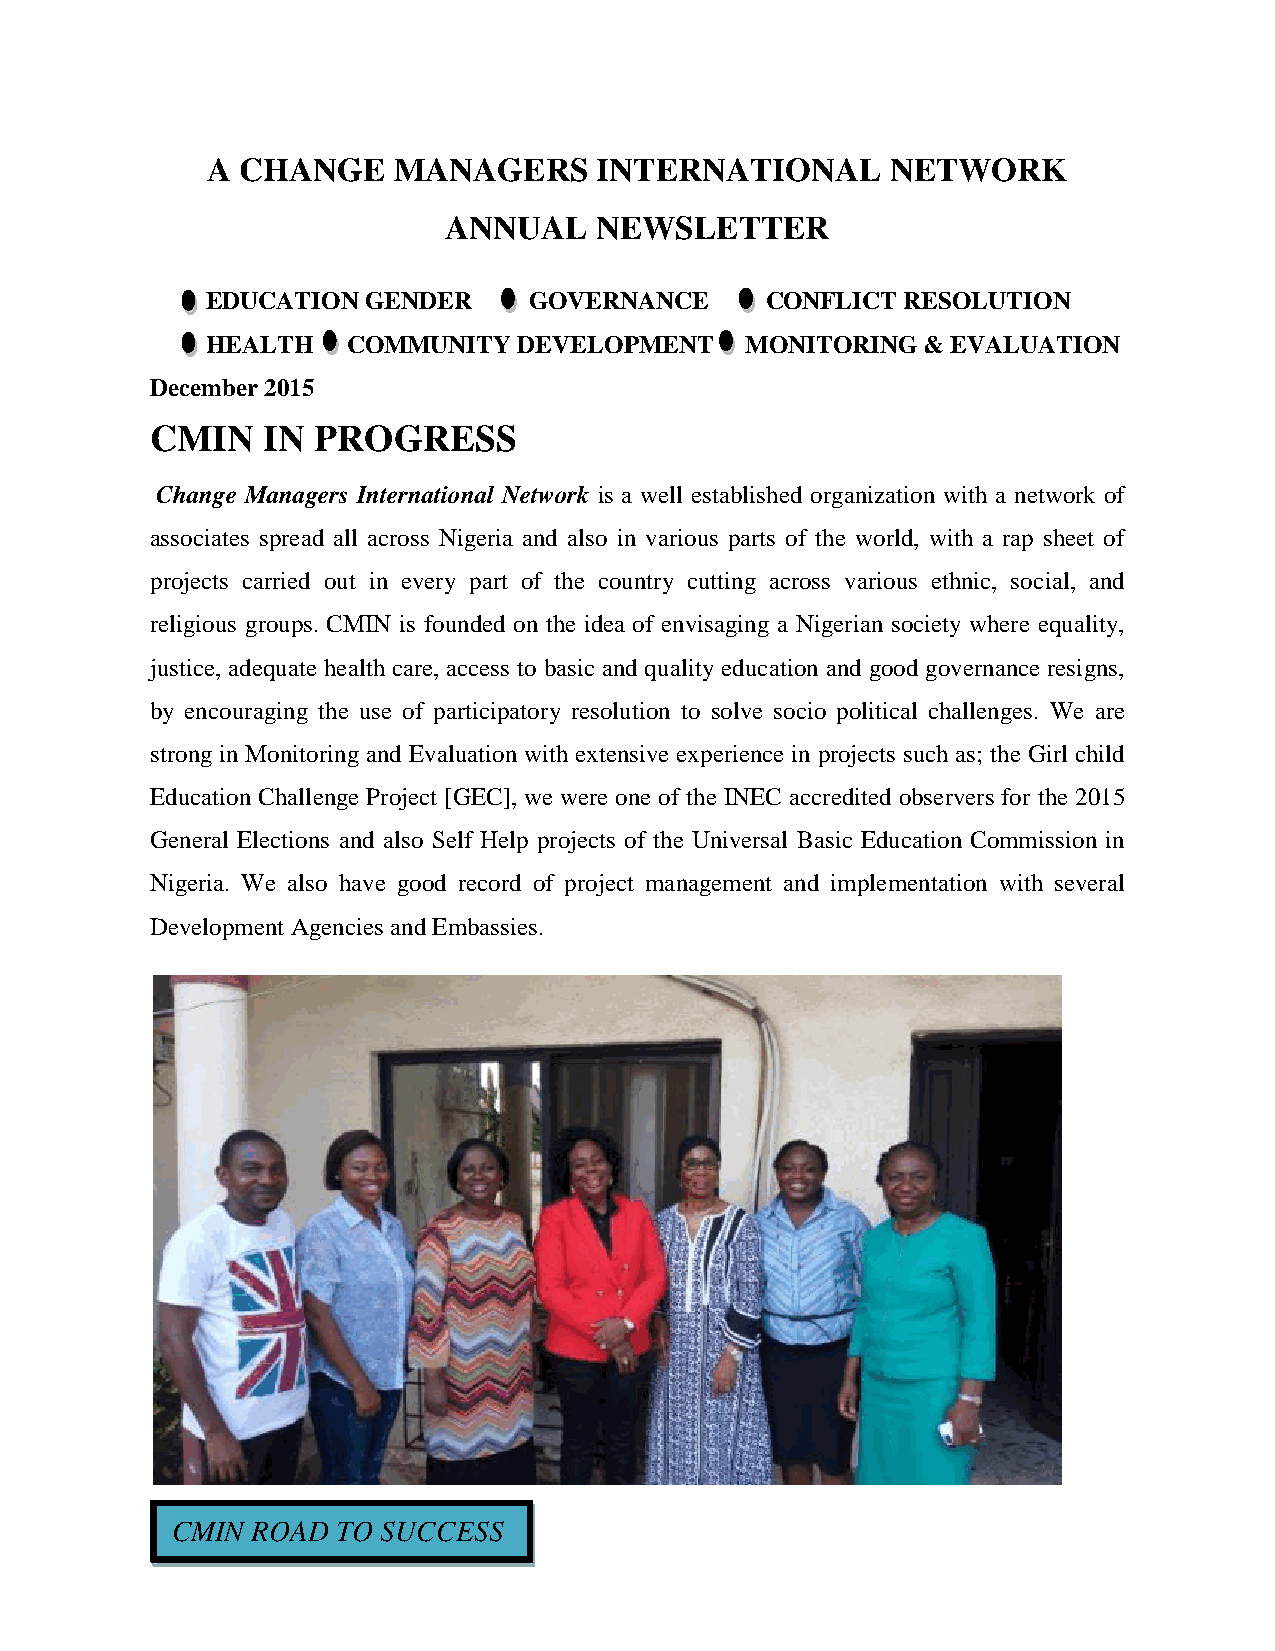
A CHANGE    MANAGERS     INTERNATIONAL       NETWORK
 ANNUAL    NEWSLETTER
 EDUCATION GENDER     GOVERNANCE      CONFLICT RESOLUTION
 HEALTH   COMMUNITY  DEVELOPMENT    MONITORING  & EVALUATION
 December 2015
 CMIN   IN  PROGRESS
 Change Managers International Network is a well established organization with a network of
 associates spread all across Nigeria and also in various parts of the world, with a rap sheet of
 projects carried out in every part of the country cutting across various ethnic, social, and
 religious groups. CMIN is founded on the idea of envisaging a Nigerian society where equality,
 justice, adequate health care, access to basic and quality education and good governance resigns,
 by encouraging the use of participatory resolution to solve socio political challenges. We are
 strong in Monitoring and Evaluation with extensive experience in projects such as; the Girl child
 Education Challenge Project [GEC], we were one of the INEC accredited observers for the 2015
 General Elections and also Self Help projects of the Universal Basic Education Commission in
 Nigeria. We also have good record of project management and implementation with several
 Development Agencies and Embassies.
 CMIN  ROAD TO SUCCESS